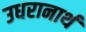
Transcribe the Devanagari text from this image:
उधरानार्थ